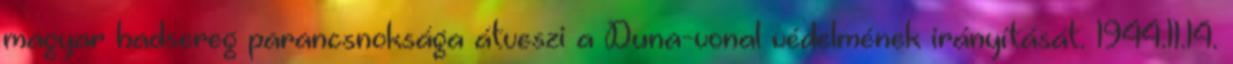
magyar hadsereg parancsnoksága átveszi a Duna-vonal védelmének irányítását. 1944.11.14.